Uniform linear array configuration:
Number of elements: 12
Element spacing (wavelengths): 1
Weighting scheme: cosine
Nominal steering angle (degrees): -60
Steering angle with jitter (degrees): -60.593
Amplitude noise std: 0.05
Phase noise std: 0.05

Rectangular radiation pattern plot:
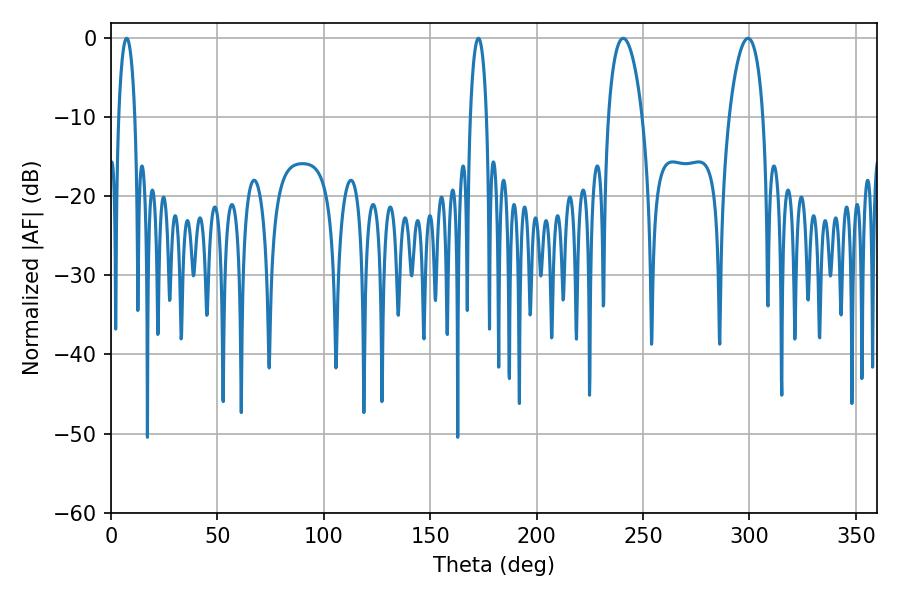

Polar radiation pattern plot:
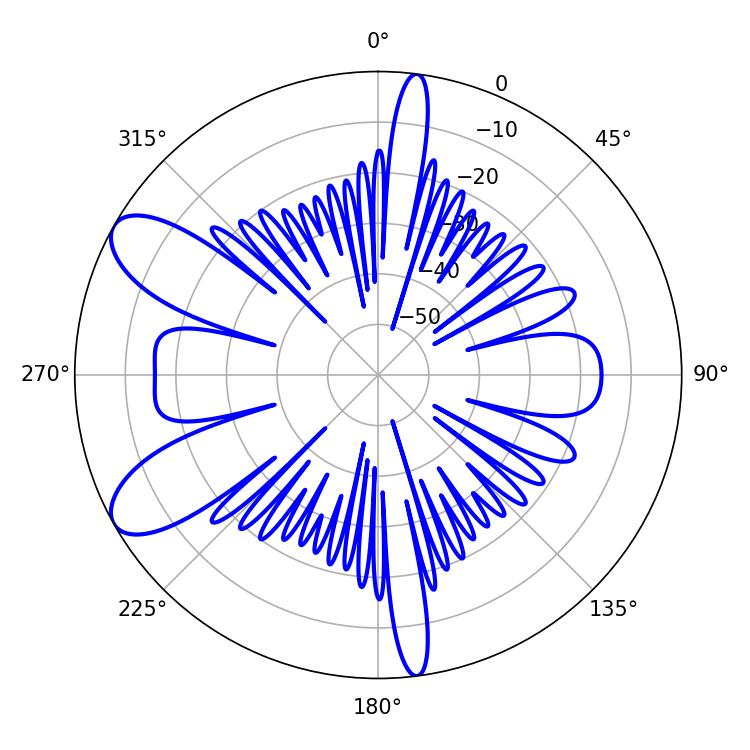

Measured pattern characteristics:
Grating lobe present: TRUE
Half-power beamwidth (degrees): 9
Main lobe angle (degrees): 299.34